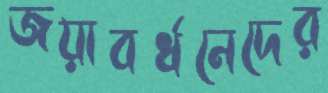
জয়াবর্ধনেদের